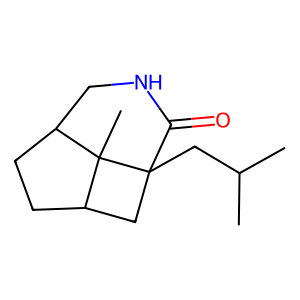
SMILES: CC(C)CC12CC3CCC(CNC1=O)C32C
Inhibits HIV replication: No